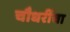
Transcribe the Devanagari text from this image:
चौधरींचा